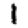
Digit: 1